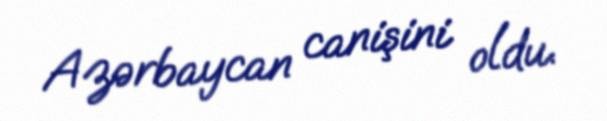
Azərbaycan canişini oldu.